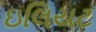
ઇલિયટ